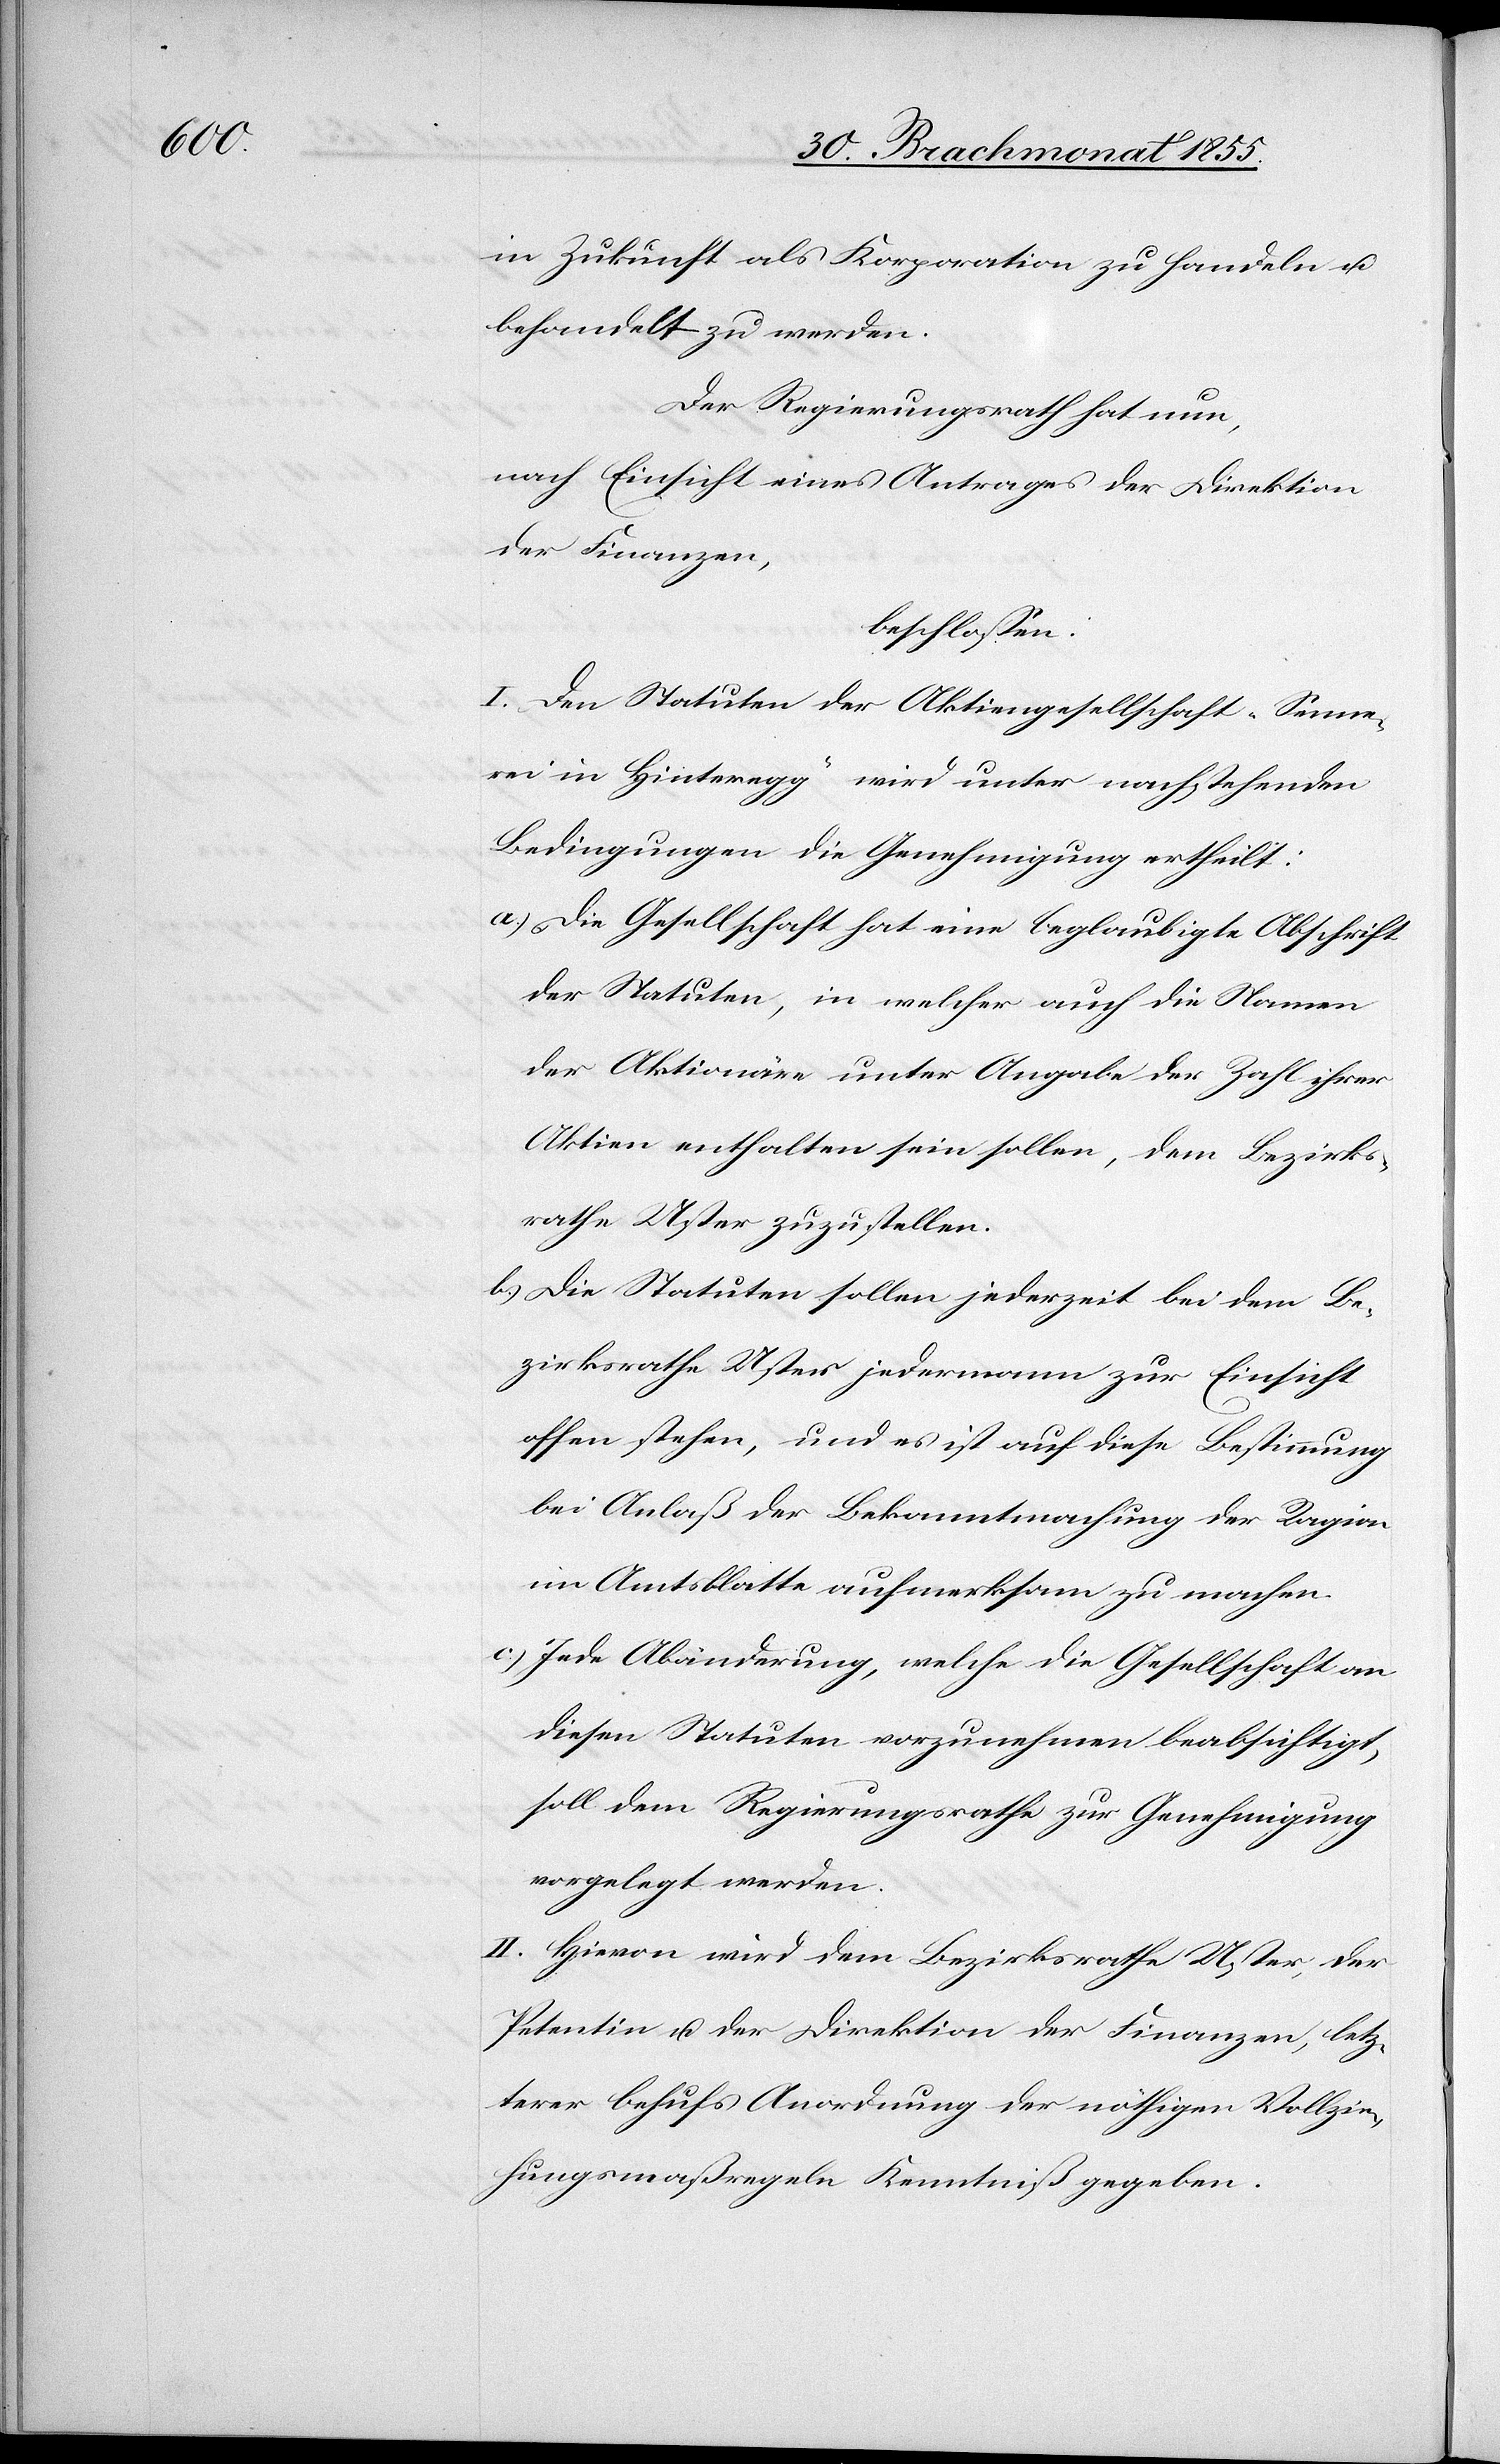
in Zukunft als Korporation zu handeln u.
behandelt zu werden.
Der Regierungsrath hat nun,
nach Einsicht eines Antrages der Direktion
der Finanzen,
beschlossen:
I. Den Statuten der Aktiengesellschaft „Senne¬
rei in Hinteregg“ wird unter nachstehenden
Bedingungen die Genehmigung ertheilt:
Die Gesellschaft hat eine beglaubigte Abschrift
der Statuten, in welcher auch die Namen
der Aktionäre unter Angabe der Zahl ihrer
Aktien enthalten sein sollen, dem Bezirks¬
rathe Uster zuzustellen.
Die Statuten sollen jederzeit bei dem Be¬
zirksrathe Uster jedermann zur Einsicht
offen stehen, und es ist auf diese Bestimmung
bei Anlaß der Bekanntmachung der Ragion
im Amtsblatte aufmerksam zu machen.
Jede Abänderung, welche die Gesellschaft an
diesen Statuten vorzunehmen beabsichtigt,
soll dem Regierungsrathe zur Genehmigung
vorgelegt werden.
II. Hievon wird dem Bezirksrathe Uster, der
Petentin u. der Direktion der Finanzen, letz¬
terer behufs Anordnung der nöthigen Vollzie¬
hungsmaßregeln Kenntniß gegeben.